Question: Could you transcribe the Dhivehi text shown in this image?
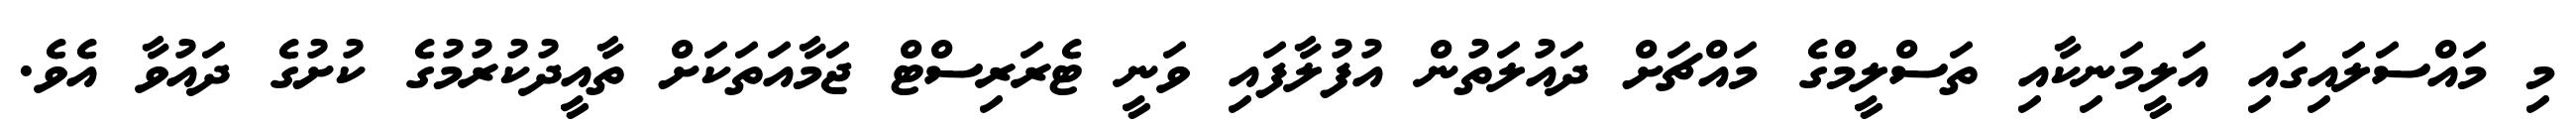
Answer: މި މައްސަލައިގައި އަލީމަނިކާއި ތަސްލީމްގެ މައްޗަށް ދައުލަތުން އުފުލާފައި ވަނީ ޓެރަރިސްޓް ޖަމާއަތަކަށް ތާއީދުކުރުމުގެ ކުށުގެ ދައުވާ އެވެ.